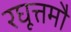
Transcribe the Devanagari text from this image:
रघूत्तमौ